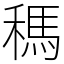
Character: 𥡗